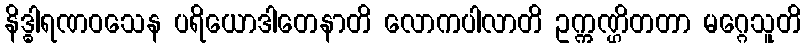
နိဒ္ဓါရဏဝသေန ပရိယောဒါတေနာတိ လောကပါလာတိ ဥက္ကဏ္ဌိတတာ မဂ္ဂေသူတိ